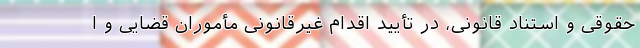
حقوقی و استناد قانونی، در تأیید اقدام غیرقانونی مأموران قضایی و ا